Leaving Certificate Examination (including Day School Certificate (Higher) General paper), 1928
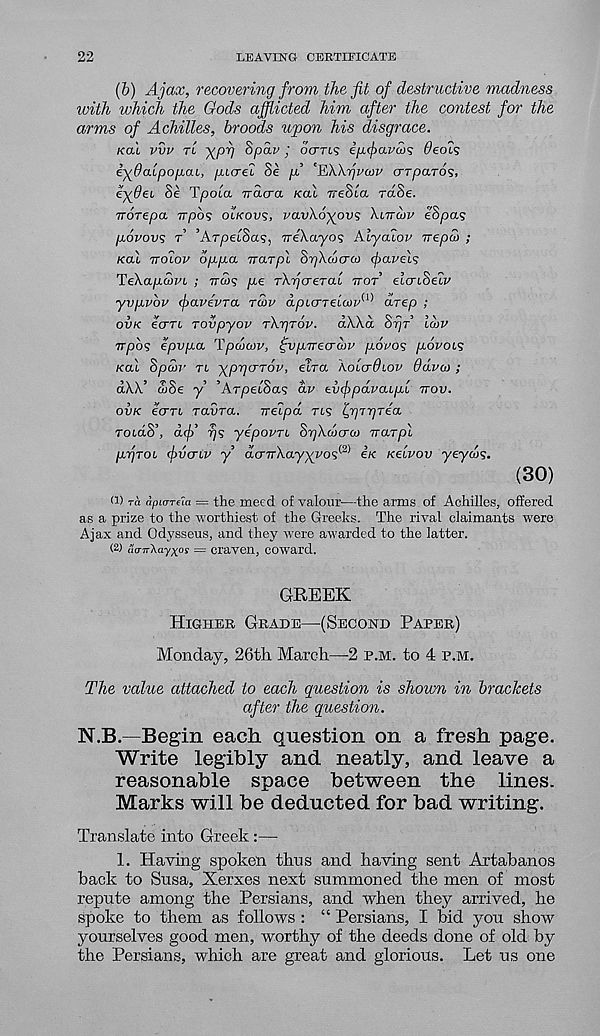
22
LEAVING CERTIFICATE
(b) Ajax, recovering from the fit of destructive madness
with which the Gods afflicted him after the contest for the
arms of Achilles, broods upon his disgrace.
KOI vvv TL ^p-q 8pav ; clarts ipfavcos deal?
i-^Oalpopai, /xio-el Se pi ^Wfivatv crTpaTOs,
e^Oet Se Tpola. nacra. KOI TreSca raSe.
noTepa irpos OLKOVS, pavXo^ov? XUTCOV eSpas
povovs T , ATpel()a<; : ireXa'yo^ Aiyaiov Trepw ;
K<xi TTOIOV oppa irarpl SrjXiocra) (pavel<;
TeXapwvi ; TTW? pe rXi^crerat TTOT elcriSeiv
yvpvbv favevra rhiv apicrreluv^ drep ;
OVK ecrrt rovpyov rXiqTov. dXXd Spr lan>
vpbs epvpa Ipaicjv, ^vprreawv povos povois
Kal 8pa)v TL yppcrTOV, eira Xoio-diov ddvu) ;
aAA OJO€ y Arpetoa^ av tvcppavaifii TTOV.
OVK e<TTL TOLVTOL.
TTeLpCL res IffjTrjTea.
TOLO.8\ dff
yipovTi SrjXcbcra) iraTpl
pyjTOL fvcriv y dcnrXayyvos^ ii< Kelvov yeyco?.
(30)
(1) ra apio-Tfla = the meed of valour—the arms of Achilles, offered
as a prize to the worthiest of the Greeks. The rival claimants were
Ajax and Odysseus, and they were awarded to the latter.
(2) ao-irXayxos = craven, coward.
GREEK
HIGHER GRADE—(SECOND PAPER)
Monday, 26th March—2 P.M. to 4 P.M.
The value attached to each question is shoum in brackets
after the question.
N.B.—Begin each question on a fresh page.
Write legibly and neatly, and leave a
reasonable space between the lines.
Marks will be deducted for bad writing.
Translate into Greek:—•
1. Having spoken thus and having sent Artabanos
hack to Susa, Xerxes next summoned the men of most
repute among the Persians, and when they arrived, he
spoke to them as follows : “ Persians, I bid you show
yourselves good men, worthy of the deeds done of old by
the Persians, which are great and glorious. Let us one